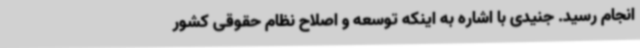
انجام رسید. جنیدی با اشاره به اینکه توسعه و اصلاح نظام حقوقی کشور